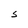
Character: s